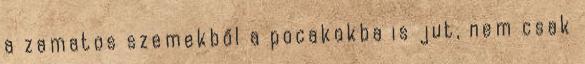
a zamatos szemekből a pocakokba is jut, nem csak